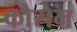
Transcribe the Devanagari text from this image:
कोरोम